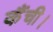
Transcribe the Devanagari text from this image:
कैंची।